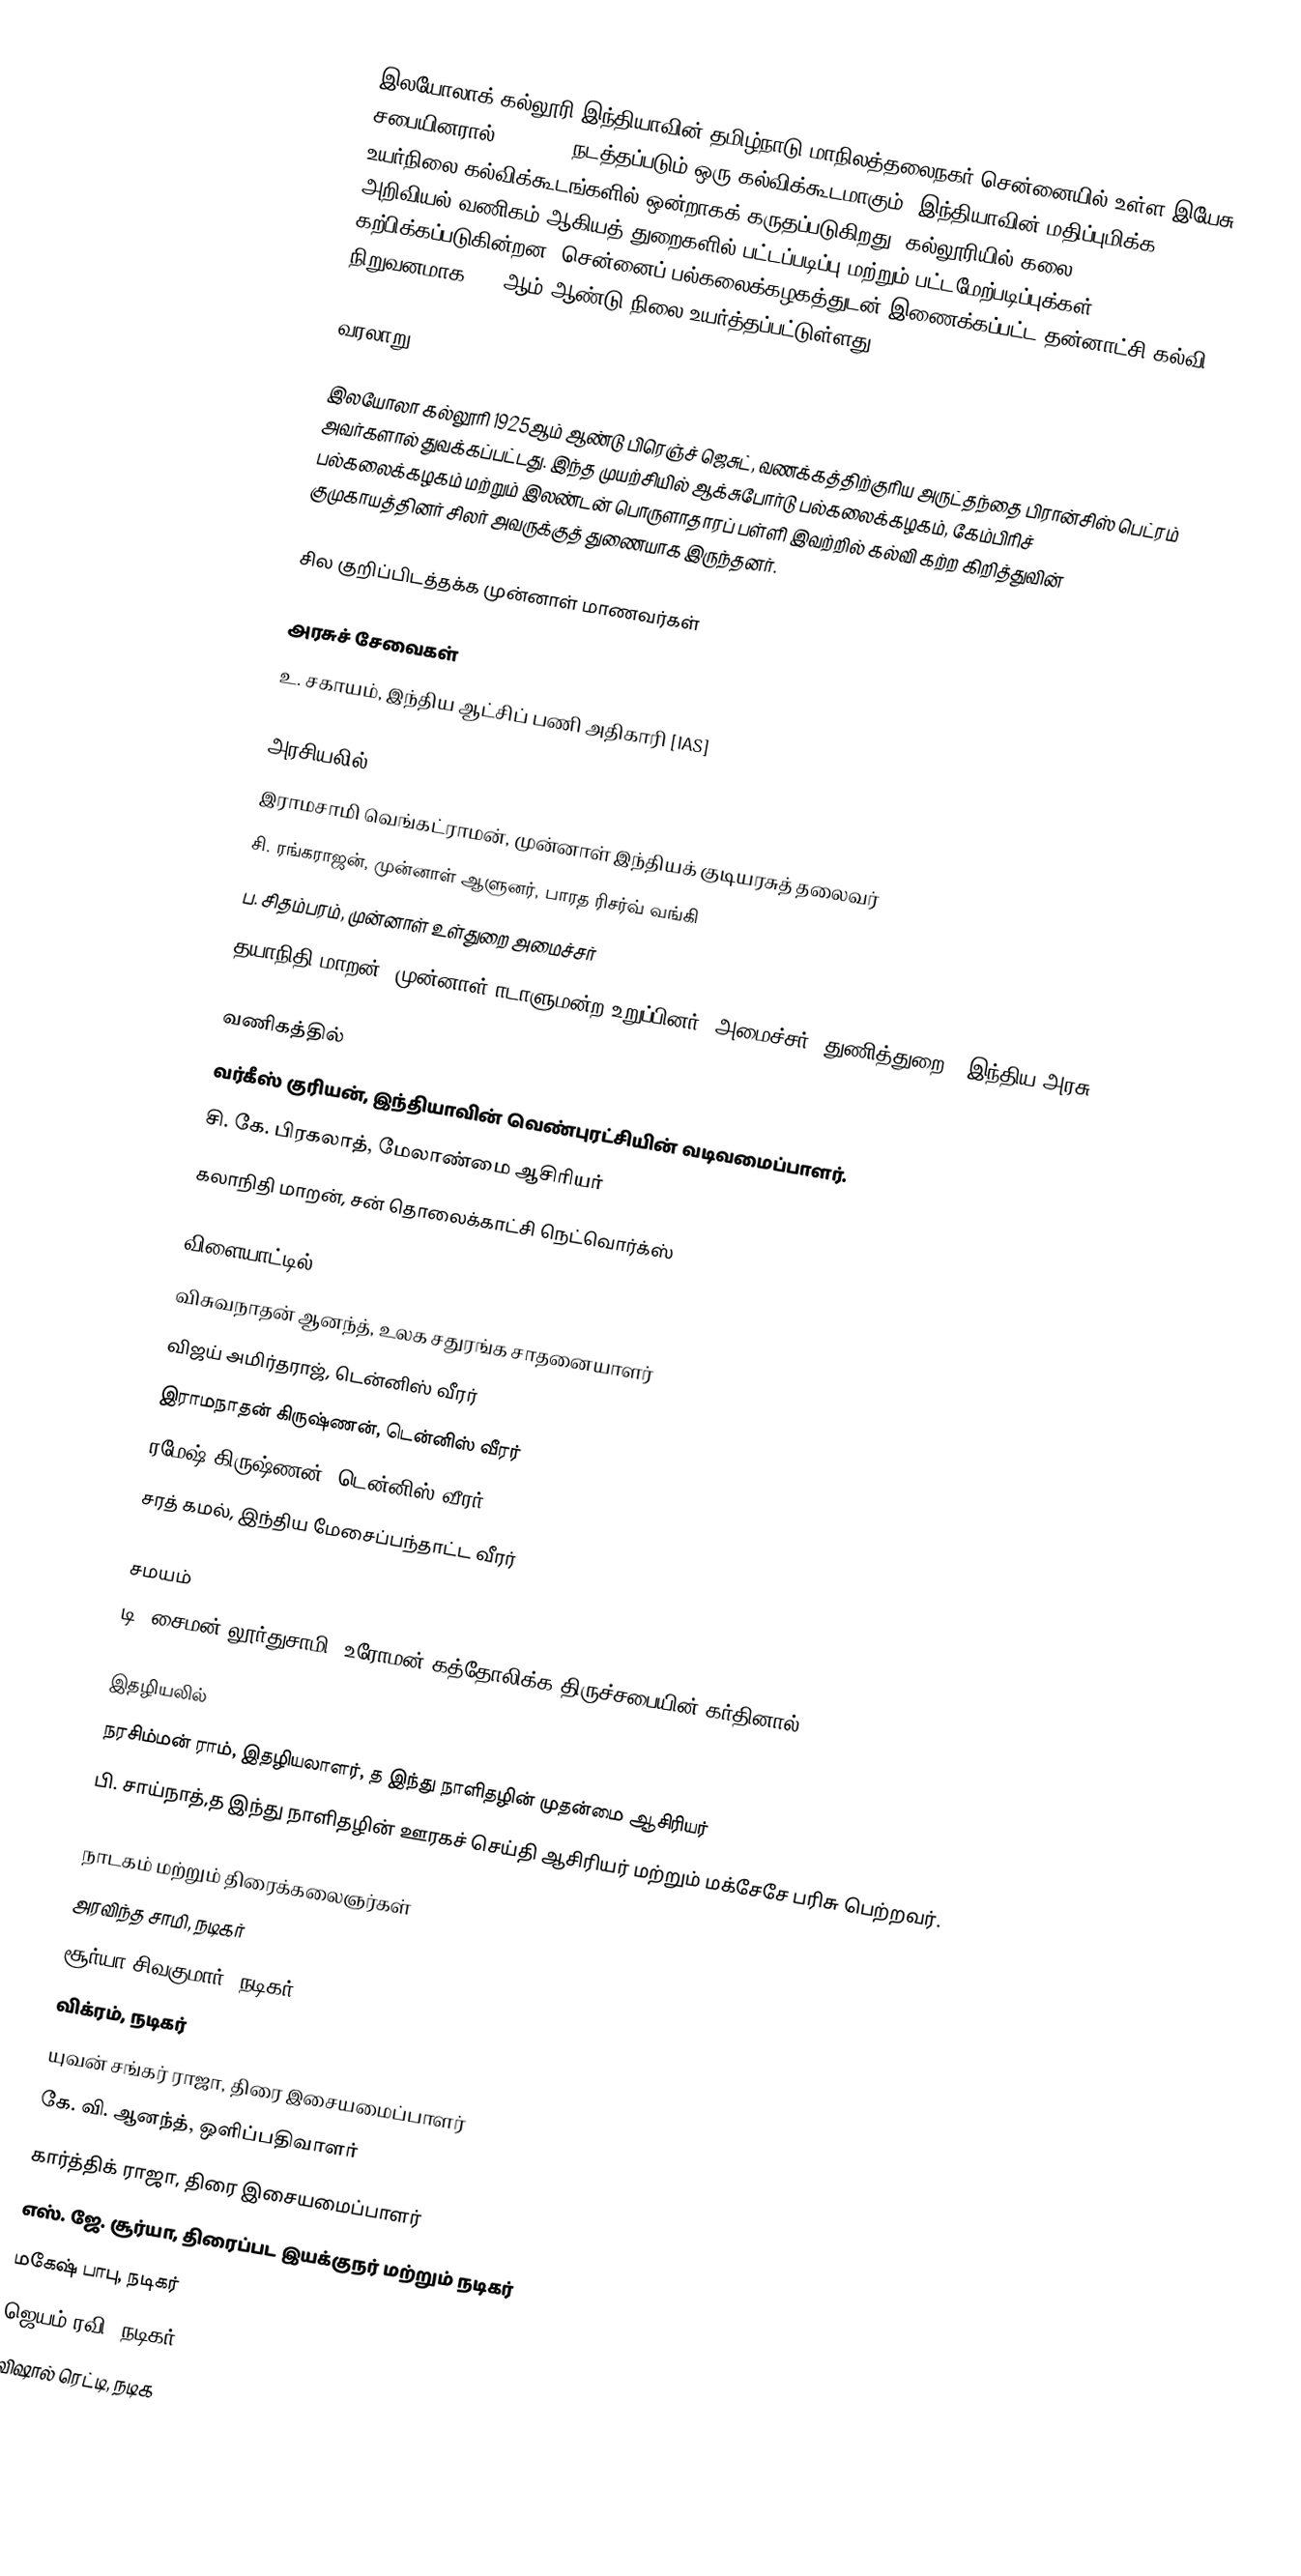
இலயோலாக் கல்லூரி  இந்தியாவின் தமிழ்நாடு மாநிலத்தலைநகர் சென்னையில் உள்ள இயேசு சபையினரால் (Jesuit) நடத்தப்படும் ஒரு கல்விக்கூடமாகும்.  இந்தியாவின் மதிப்புமிக்க உயர்நிலை கல்விக்கூடங்களில் ஒன்றாகக் கருதப்படுகிறது. கல்லூரியில் கலை, அறிவியல்,வணிகம் ஆகியத் துறைகளில் பட்டப்படிப்பு மற்றும் பட்டமேற்படிப்புக்கள் கற்பிக்கப்படுகின்றன. சென்னைப் பல்கலைக்கழகத்துடன் இணைக்கப்பட்ட தன்னாட்சி கல்வி நிறுவனமாக 1978ஆம் ஆண்டு நிலை உயர்த்தப்பட்டுள்ளது.

வரலாறு

இலயோலா கல்லூரி 1925ஆம் ஆண்டு  பிரெஞ்ச்  ஜெசுட், வணக்கத்திற்குரிய அருட்தந்தை பிரான்சிஸ் பெட்ரம் அவர்களால் துவக்கப்பட்டது.  இந்த முயற்சியில் ஆக்சுபோர்டு பல்கலைக்கழகம், கேம்பிரிச் பல்கலைக்கழகம் மற்றும் இலண்டன் பொருளாதாரப் பள்ளி இவற்றில் கல்வி கற்ற கிறித்துவின் குமுகாயத்தினர் சிலர் அவருக்குத் துணையாக இருந்தனர்.

சில குறிப்பிடத்தக்க முன்னாள் மாணவர்கள்

அரசுச் சேவைகள்
உ. சகாயம், இந்திய ஆட்சிப் பணி அதிகாரி [IAS]

அரசியலில்
இராமசாமி வெங்கட்ராமன், முன்னாள் இந்தியக் குடியரசுத் தலைவர்
சி. ரங்கராஜன்,  முன்னாள் ஆளுனர், பாரத ரிசர்வ் வங்கி
ப. சிதம்பரம்,  முன்னாள் உள்துறை அமைச்சர்
தயாநிதி மாறன், முன்னாள் ாடாளுமன்ற உறுப்பினர், அமைச்சர் (துணித்துறை), இந்திய அரசு

வணிகத்தில்
வர்கீஸ் குரியன், இந்தியாவின் வெண்புரட்சியின் வடிவமைப்பாளர்.
சி. கே. பிரகலாத்,   மேலாண்மை ஆசிரியர்
கலாநிதி மாறன், சன் தொலைக்காட்சி நெட்வொர்க்ஸ்

விளையாட்டில்
விசுவநாதன் ஆனந்த், உலக சதுரங்க சாதனையாளர்
விஜய் அமிர்தராஜ்,  டென்னிஸ் வீரர்
இராமநாதன் கிருஷ்ணன், டென்னிஸ் வீரர்
ரமேஷ் கிருஷ்ணன்,  டென்னிஸ் வீரர்
சரத் கமல், இந்திய மேசைப்பந்தாட்ட வீரர்

சமயம்
டி. சைமன் லூர்துசாமி, உரோமன் கத்தோலிக்க திருச்சபையின் கர்தினால்

இதழியலில்
நரசிம்மன் ராம்,  இதழியலாளர், த இந்து நாளிதழின் முதன்மை ஆசிரியர்
பி. சாய்நாத்,த இந்து நாளிதழின் ஊரகச் செய்தி ஆசிரியர் மற்றும் மக்சேசே பரிசு பெற்றவர்.

நாடகம் மற்றும் திரைக்கலைஞர்கள்
 அரவிந்த சாமி, நடிகர்
 சூர்யா சிவகுமார்,  நடிகர்
 விக்ரம்,  நடிகர்
 யுவன் சங்கர் ராஜா, திரை இசையமைப்பாளர்
 கே. வி. ஆனந்த்,  ஒளிப்பதிவாளர்
 கார்த்திக் ராஜா, திரை  இசையமைப்பாளர்
 எஸ். ஜே. சூர்யா,  திரைப்பட இயக்குநர் மற்றும் நடிகர்
 மகேஷ் பாபு, நடிகர்
 ஜெயம் ரவி, நடிகர்
 விஷால் ரெட்டி,  நடிக